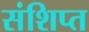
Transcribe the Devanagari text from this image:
संशिप्त